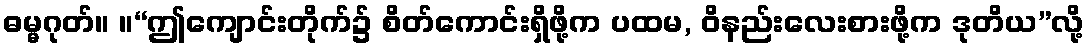
ဓမ္မဂုတ်။ ။“ဤကျောင်းတိုက်၌ စိတ်ကောင်းရှိဖို့က ပထမ, ဝိနည်းလေးစားဖို့က ဒုတိယ”လို့